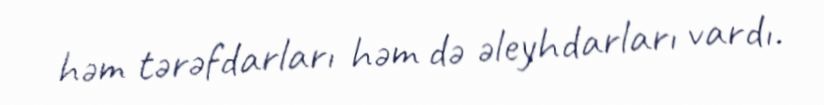
həm tərəfdarları həm də əleyhdarları vardı.